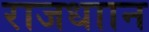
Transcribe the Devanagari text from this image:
राजधाान